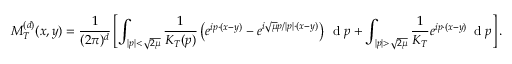
M _ { T } ^ { ( d ) } ( x , y ) = \frac { 1 } { ( 2 \pi ) ^ { d } } \left[ \int _ { | p | < \sqrt { 2 \mu } } \frac { 1 } { K _ { T } ( p ) } \left( e ^ { i p \cdot ( x - y ) } - e ^ { i \sqrt { \mu } p / | p | \cdot ( x - y ) } \right) \, \textnormal { d } p + \int _ { | p | > \sqrt { 2 \mu } } \frac { 1 } { K _ { T } } e ^ { i p \cdot ( x - y ) } \, \textnormal { d } p \right] .